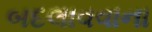
બદલાવવાના